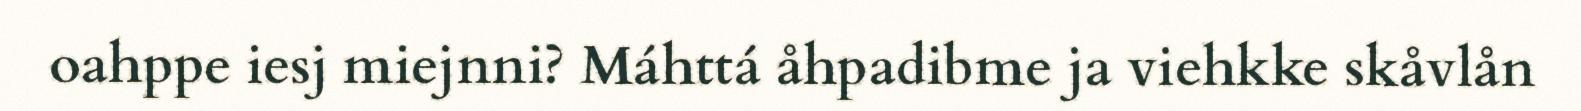
oahppe iesj miejnni? Máhttá åhpadibme ja viehkke skåvlån